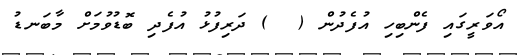
އޯވަރީގައި ފެންބިހި އުފެދުން (  ) ދަރިފުޅު އުފެދި ބޮޑުވުމަށް މާބަނޑު